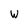
Character: w